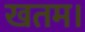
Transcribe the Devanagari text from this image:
खतम।